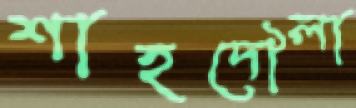
শাহদৌলা